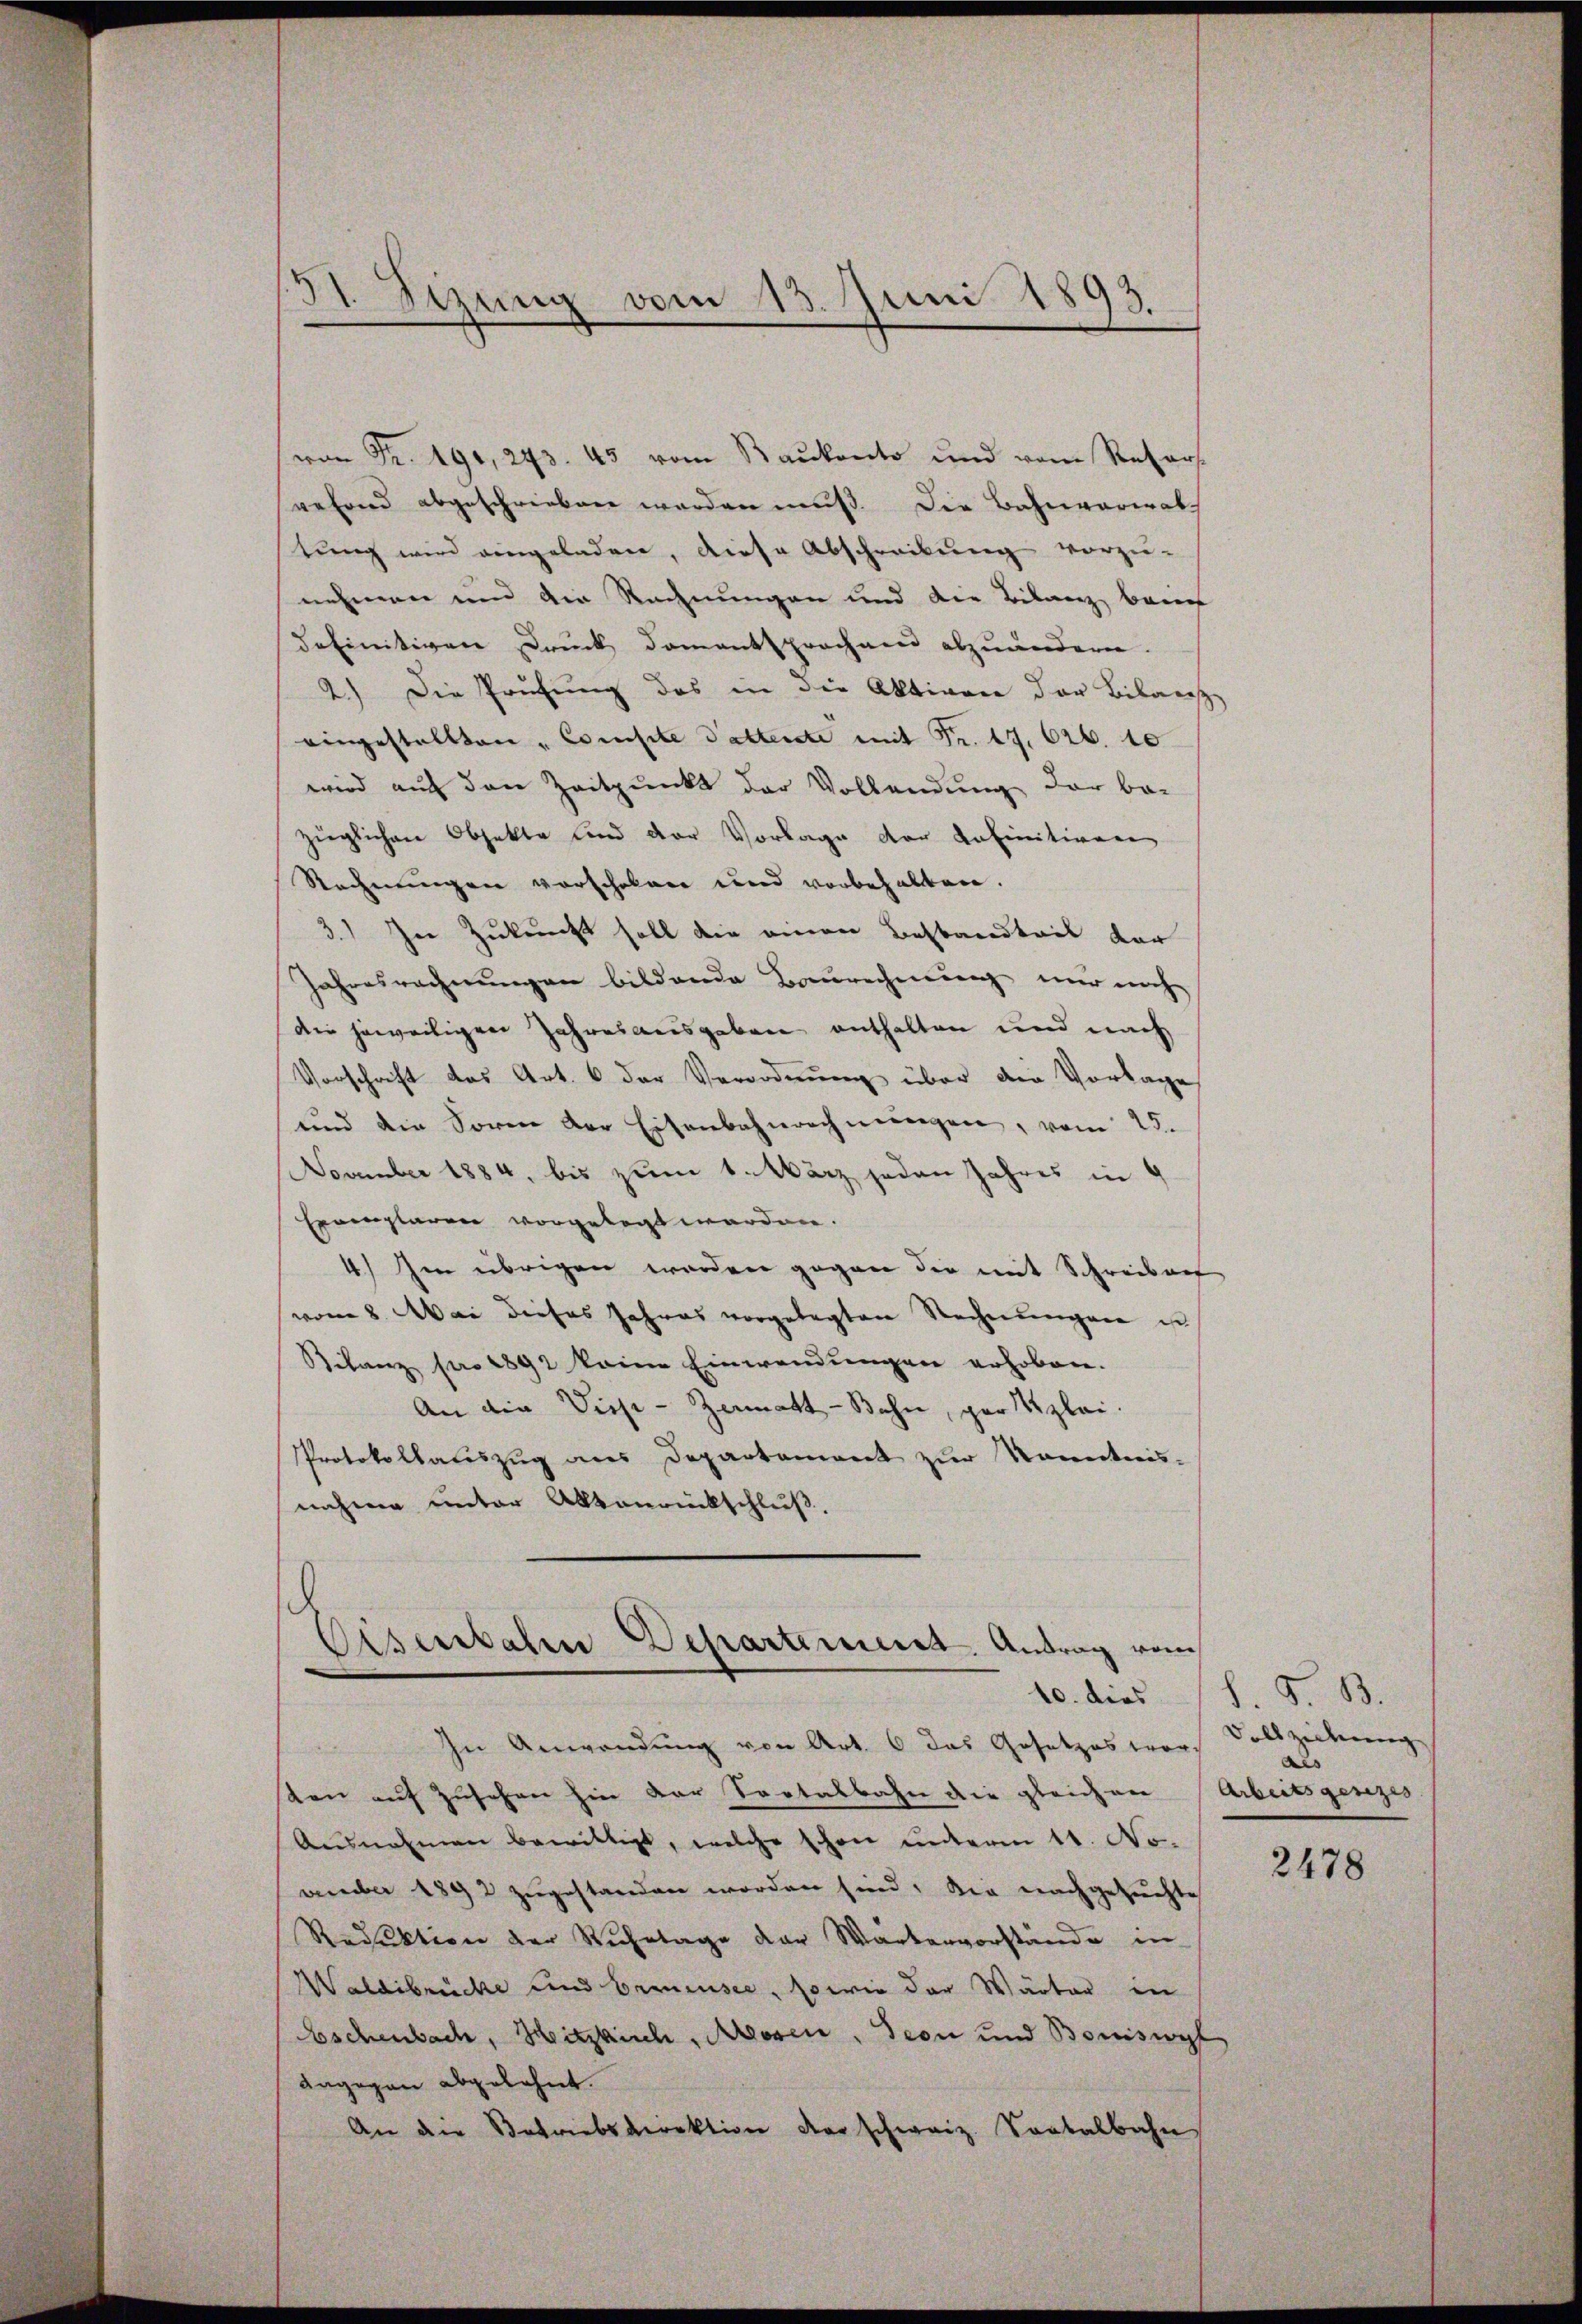
von Fr. 191, 243. 43 vom Baukanto und vom Refors
wefend abgeschrieben werden muß. Die Bahnverwal
tung wird eingeladen, diese Abschreibung vorzu-
nehmen und die Rechnungen und die Bilanz beif
definitiven Druck Domentsprochnen abzuändern.
2.) Die Prüfung des in die Aktiven der Bibanes
eingestellten Consite Vattente mit Fr. 17. 626. 10
wird auf den Zeitpunkt der Vollendung der be-
züglichen Objekte und der Vorlage der definitiven
Rechnungen vorschoben und vorbehalten.
3.) In Zukunft soll die einen Bestandteil der
Jahresrechnungen bildende Baurechnung nur noch
die jeweiligen Jahresausgeben enthalten und nach
Vorschrift das Art. 6 der Verordnŭng über die Vorlage
und die Sorm der Eisenbahnrechnungen, vom 25.
November 1884, bis zum 1. März jeden Jahres in 9
Exemplaren vorgelegt worden.
4.) Im übrigen worden gegen die mit Schreiberf
vom 8. Mai dieses Jahres vorgelegten Rechnungen un
Bilanz pro 1892 keine Einwendungen erhoben.
An die Visse - Zemmatt-Bahn, par plai.
Protokollauszug aus Departement zur Kenntnis-
nahme unter Aktenrückschluß.

I Sizung vom 13. Juni 1893.

d
Eisenbahre Departement. Antrag vom
10. dies

In Anwendung von Art. 6 das Gesetzes vors
ten auf zusehen hin der Sortalbahn die gleichen Arbeitsganzes
Ausnahmen bewilligt, welche schon unterm 11. No-
vember 1892 zugestanden worden sind. Die nachgesuchte
Reduktion der Ruhetage der Wartenvorstände in
Waldibrücke und Bremensee, so wie der Wärter in
Eschenbach, Hitzkirch, Messen, Geon und Boniswyl
angegen abgelehnt.
An die Betriebsdirektion der schweiz. Sontalbahn,

d. G. B.
Dallzeiterung
als

2478